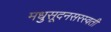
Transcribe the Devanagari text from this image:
मधुसूदनसरस्वती